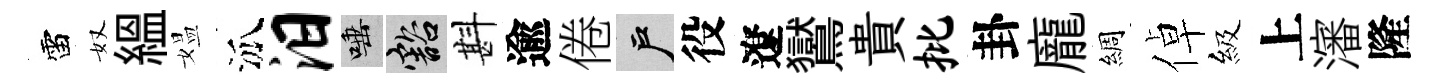
雷奴緼媪泒汨唾豁斟逾倦户役遼鸑貴批卦龐綢倬級上瀋隆